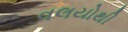
વલયોથી